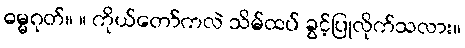
ဓမ္မဂုတ်။ ။ ကိုယ်တော်ကလဲ သိမ်ထပ် ခွင့်ပြုလိုက်သလား။